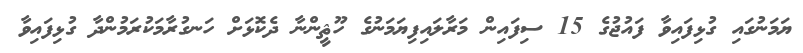
ޔަމަނުގައި ގުޅިފައިވާ ފައުޖުގެ 15 ސިފައިން މަރާލައިފިޔަމަނުގެ ހޫޘީންނާ ދެކޮޅަށް ހަނގުރާމަކުރަމުންދާ ގުޅިފައިވާ